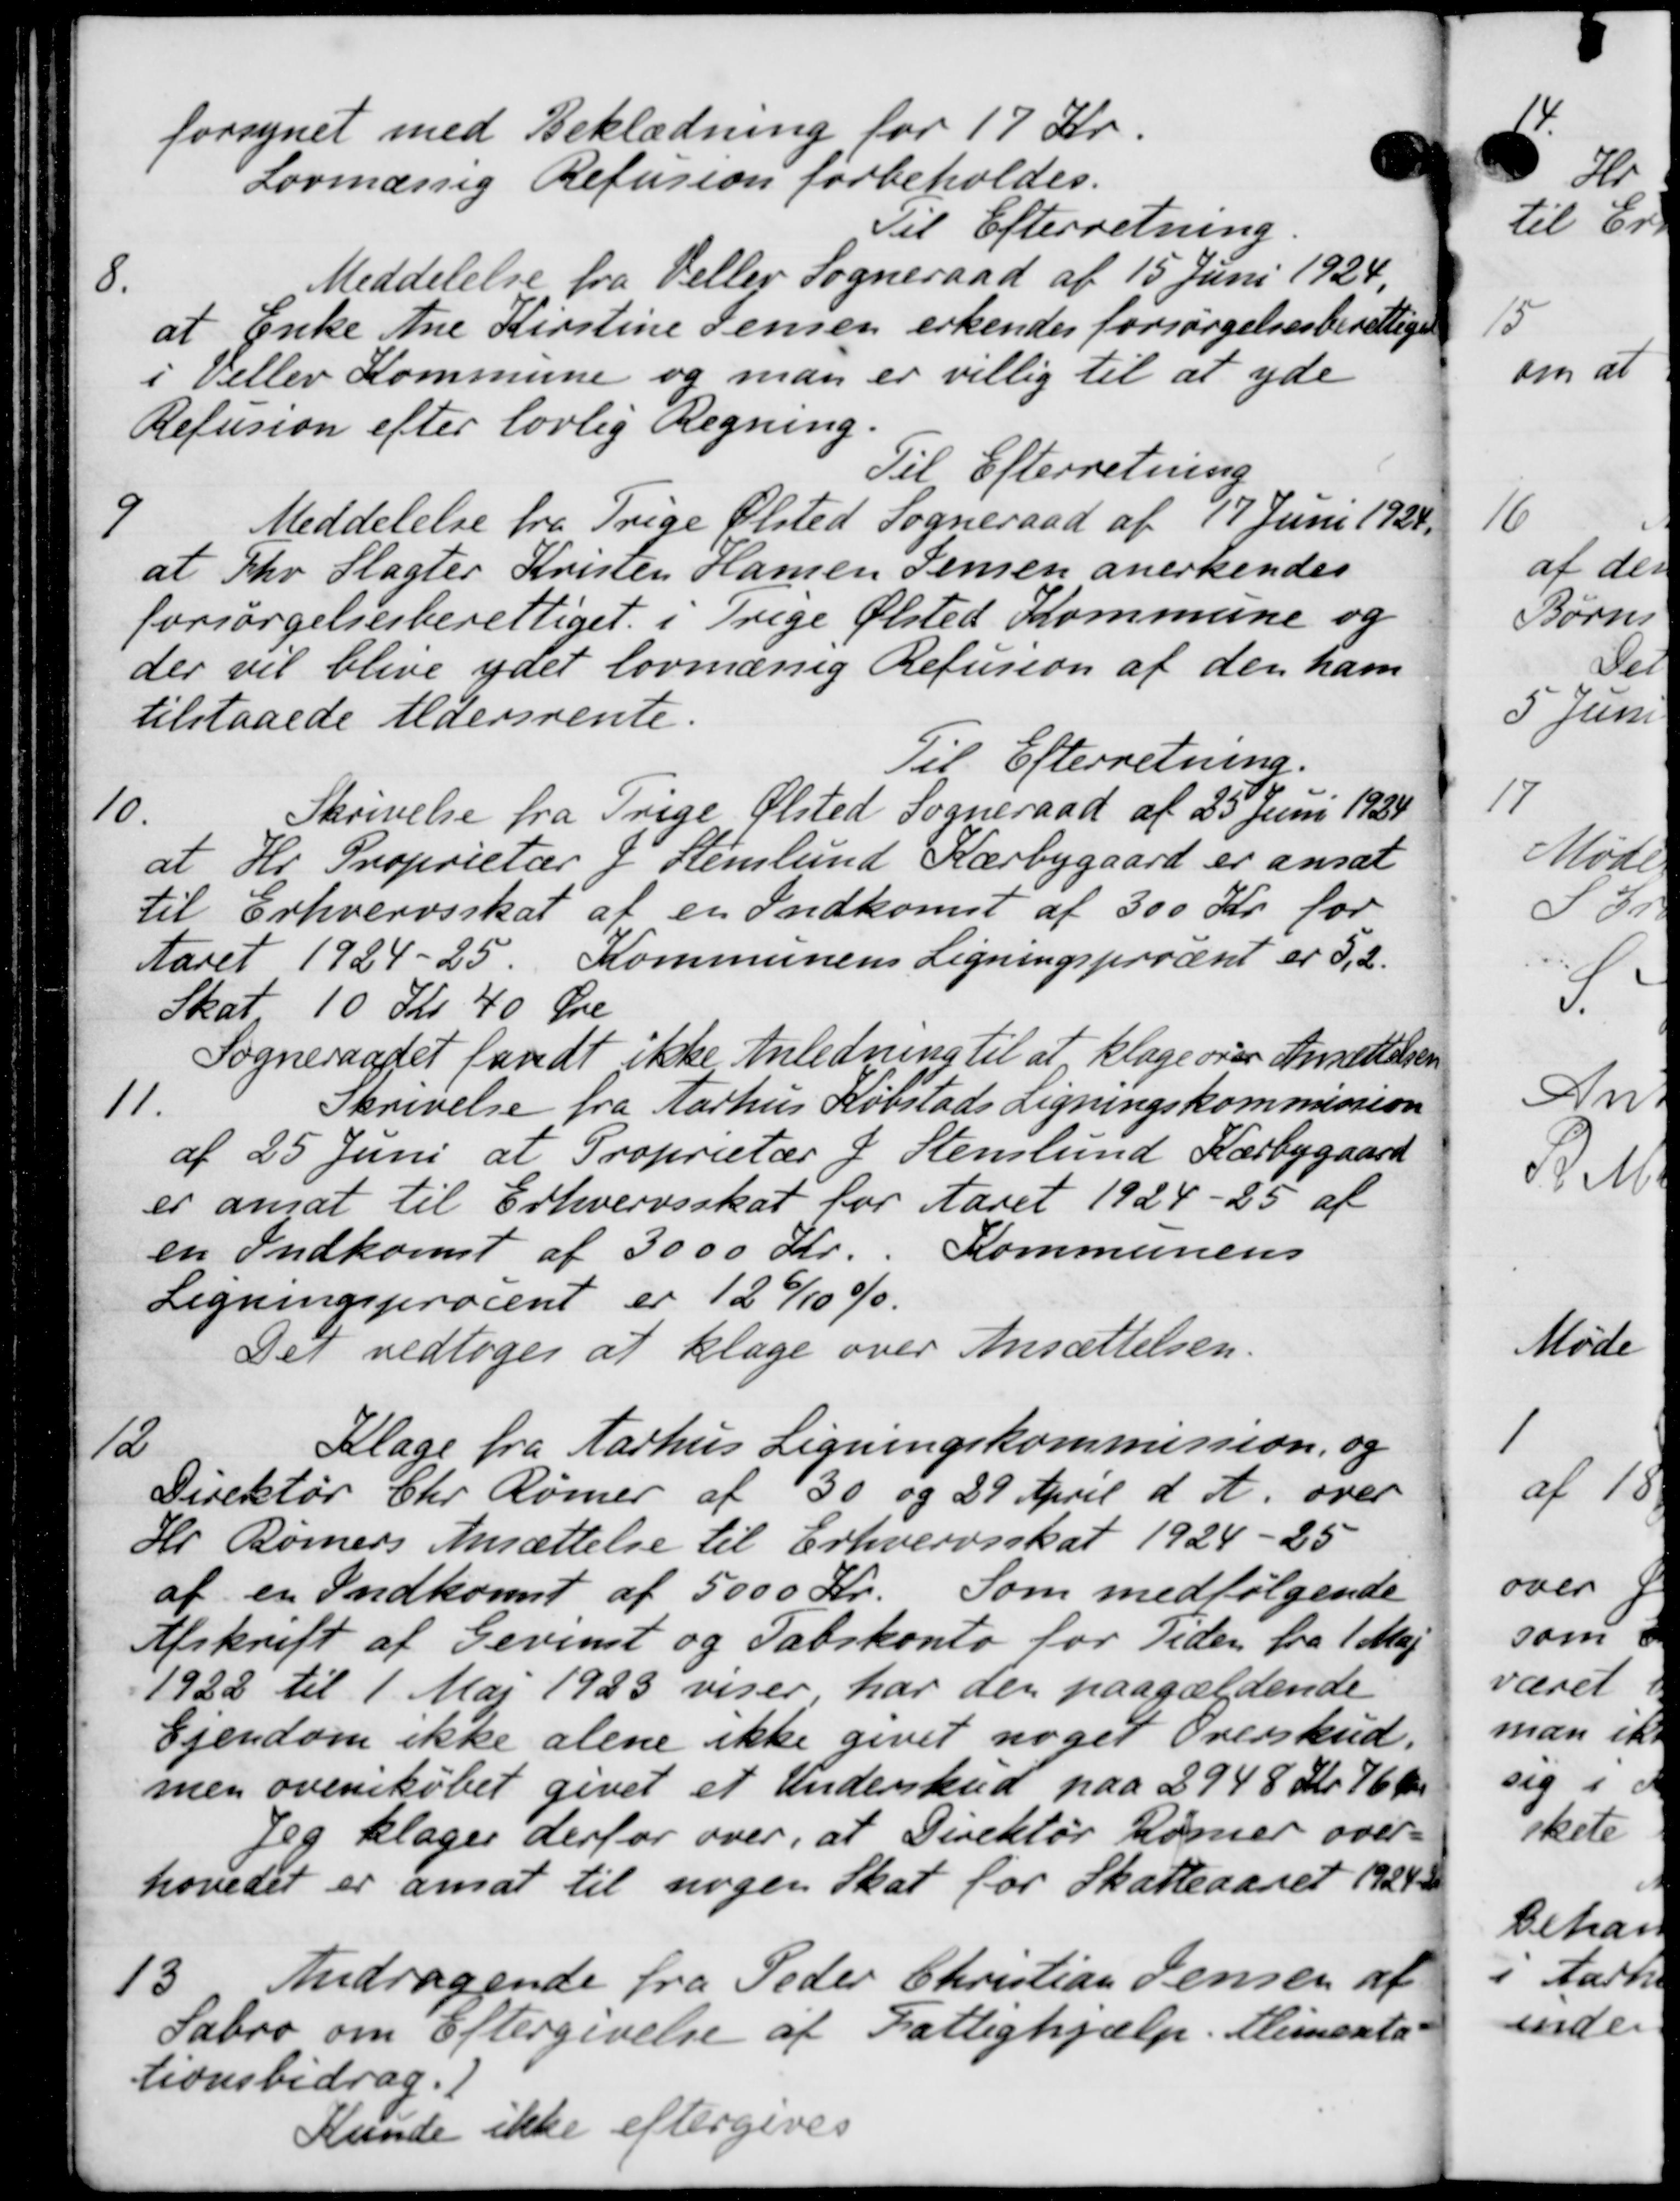
Transskription:
forsynet med Beklædning for 17 Kr.
Lovmæssig Refusion forbeholdes.
Til Efterretning.
8
Meddelelse fra Veller Sogneraad af 15 Juni 1924,
at Enke Ane Kirstine Jensen erkendes forsørgelsesberettiget
i Veller Kommune og man er villig til at yde
Refusion efter lovlig Regning.
Til Efterretning

Meddelelse fra Trige Ølsted Sogneraad af 17 Juni 1924.
at fhv Slagter Kristen Hansen Jensen anerkendes
forsørgelsesberettiget i Trige Ølsted Kommune og
der vil blive ydet lovmæssig Refusion af den ham
tilstaaede Aldersrente.
Til Efterretning.
10.
Skrivelse fra Trige Ølsted Sogneraad af 25 Juni 1924
at Hr. Proprietær & Stenlund Kærbygaard er ansat
til Erhvervsskat af en Indkomst af 300 Kr. for
Aaret 1924-25. Kommunens Ligningsprocent er 5,2.
Skat 10 Kr 40 Øre
Sogneraadet fandt ikke Anledning til at klage over Ansættelsen
11.
Skrivelse fra Aarhus Købstads Ligningskommission
af 25 Juni at Proprietær J. Stenlund Kærbygaard
er ansat til Erhvervsskat for Aaret 1924-25 af
en Indkomst af 3000 Kr. Kommunens
Ligningsprocent er 126/10 %.
Det vedtoges at klage over Ansættelsen.
12
Klage fra Aarhus Ligningskommission og
Direktør Chr. Rømer af 30 og 29 April d. A. over
Hr. Rønners Ansættelse til Erhvervsskat 1924-25
af en Indkomst af 5000 Kr. Som medfølgende
Afskrift af Gevent og Sabskonto for Tiden fra 1 Maj
1922 til 1 Maj 1923 viser, har der paagældende
Ejendom ikke alene ikke givet noget Overskud.
men ovenskøbet givet et Underskud paa 2948 Kr. 76 Øre
Jeg klager derfor over, at Direktør Rømer over-
hovedet er ansat til nogen Skat for Skatteaaret 1924
13.
Andragende fra Peder Christian Jensen af
Sabro om Eftergivelse af Fattighjælp. Alimenta
tionsbidrag.
Kunde ikke eftergives